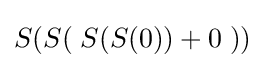
S(S(\;S(S(0))+0\;))